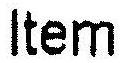
ITEM